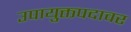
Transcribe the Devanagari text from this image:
उपायुक्तपदावर